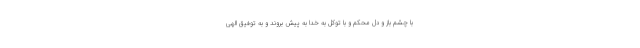
با چشم باز و دل محکم و با توکل به خدا به پیش بروند و به توفیق الهی